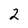
Character: 2